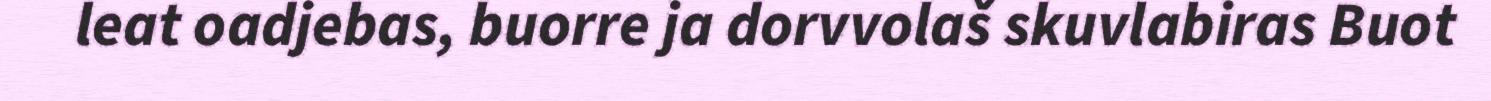
leat oadjebas, buorre ja dorvvolaš skuvlabiras Buot